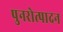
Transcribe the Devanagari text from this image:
पुनरोत्पादन